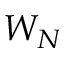
W _ { N }